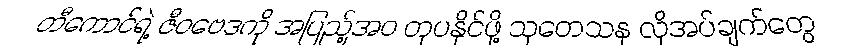
တီကောင်ရဲ့ ဇီဝဗေဒကို အပြည့်အဝ တုပနိုင်ဖို့ သုတေသန လိုအပ်ချက်တွေ